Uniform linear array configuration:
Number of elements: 8
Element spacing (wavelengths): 0.5
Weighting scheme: exponential
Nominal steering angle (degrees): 0
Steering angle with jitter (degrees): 0.7371
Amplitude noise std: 0.05
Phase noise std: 0.05

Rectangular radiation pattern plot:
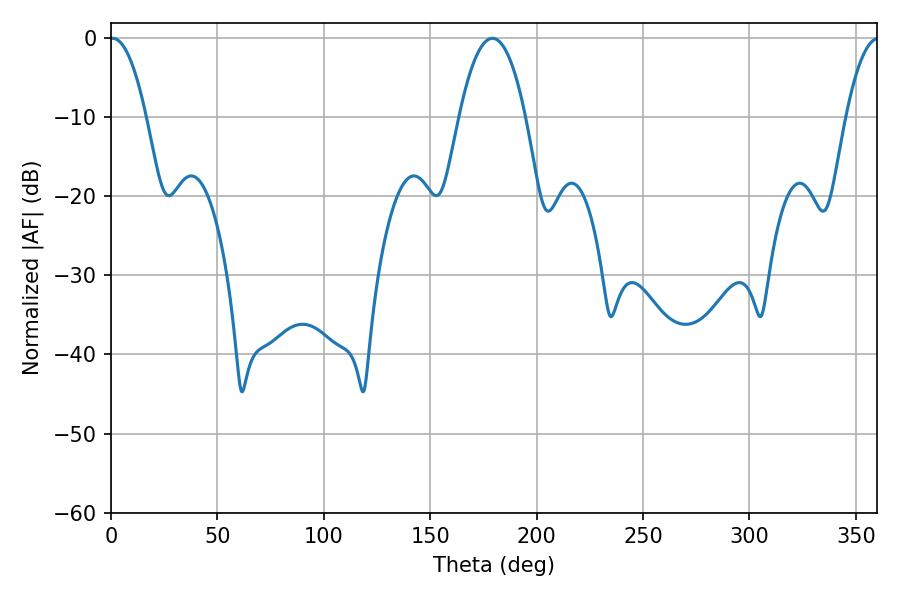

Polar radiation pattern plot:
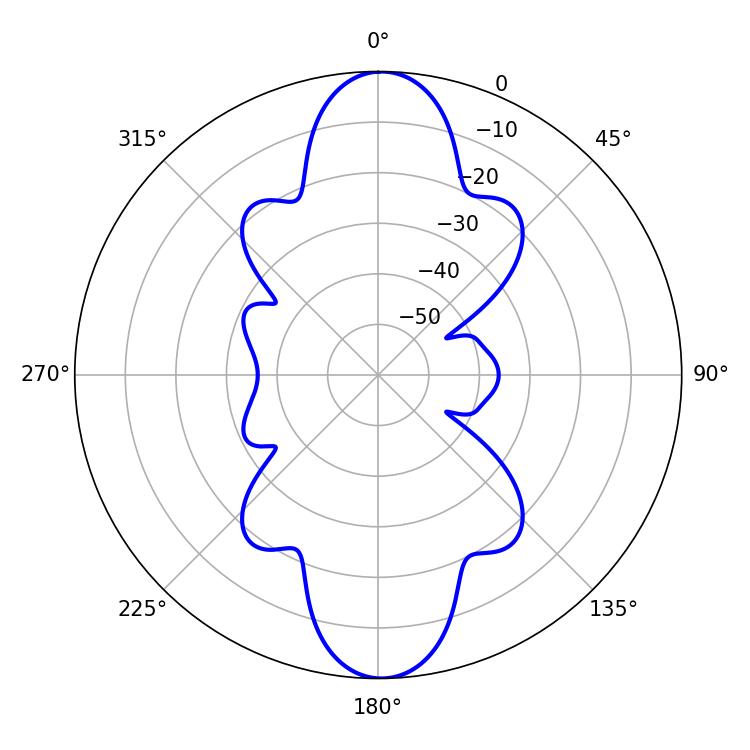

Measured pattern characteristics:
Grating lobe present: FALSE
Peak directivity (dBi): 22.469
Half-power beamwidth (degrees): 9.36
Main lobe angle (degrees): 0.72